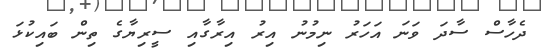
ދެހާސް ސާދަ ވަނަ އަހަރު ނިމުނު އިރު އިރާގާއި ސީރިޔާގެ ތިން ބައިކުޅަ